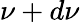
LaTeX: \nu+d\nu